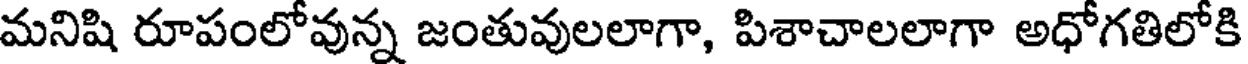
మనిషి రూపంలోవున్న జంతువులలాగా, పిశాచాలలాగా అధోగతిలోకి